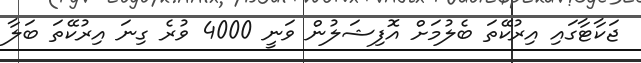
ޖަކާޓާގަައި އިރުކޭތަ ބެލުމަށް އޮފިޝަލުން ވަނީ 4000 ވުރެ ގިނަ އިރުކޭތަ ބަލާ